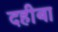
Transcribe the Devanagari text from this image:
दहीबा